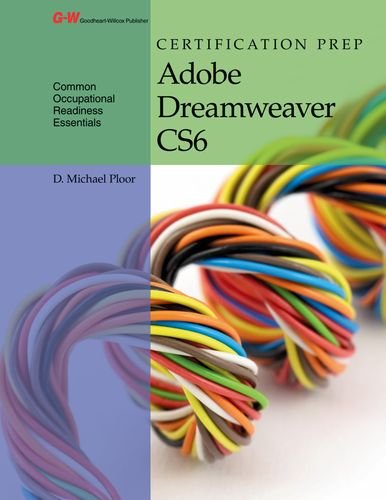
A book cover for Certification Prep Adobe Dreamweaver CS6; D. Michael Ploor; Computers & Technology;